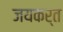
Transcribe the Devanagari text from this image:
जयकर्त